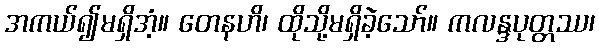
အကယ်၍မရှိအံ့။ တေနဟိ၊ ထိုသို့မရှိခဲ့သော်။ ကလန္ဒပုတ္တဿ၊